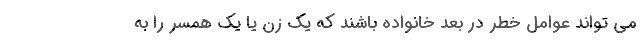
می تواند عوامل خطر در بُعد خانواده باشند که یک زن یا یک همسر را به